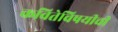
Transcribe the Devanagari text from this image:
कवितेविषयीची